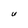
Character: U